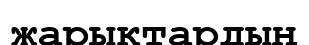
жарыктардың